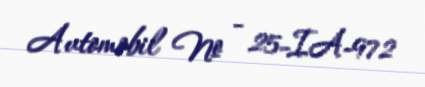
Avtomobil № - 25-IA-972